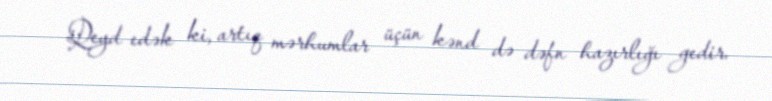
Qeyd edək ki, artıq mərhumlar üçün kənd də dəfn hazırlığı gedir.